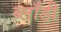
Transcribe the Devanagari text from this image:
ब्लाँडी